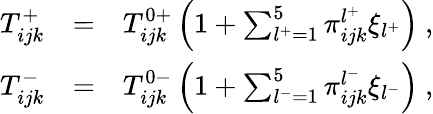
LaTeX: \begin{array}{rlr}{T_{ijk}^{+}}&{=}&{T_{ijk}^{0+}\left(1+\sum_{l^{+}=1}^{5}\pi_{ijk}^{l^{+}}\xi_{l^{+}}\right)~,}\\ {T_{ijk}^{-}}&{=}&{T_{ijk}^{0-}\left(1+\sum_{l^{-}=1}^{5}\pi_{ijk}^{l^{-}}\xi_{l^{-}}\right)~,}\end{array}